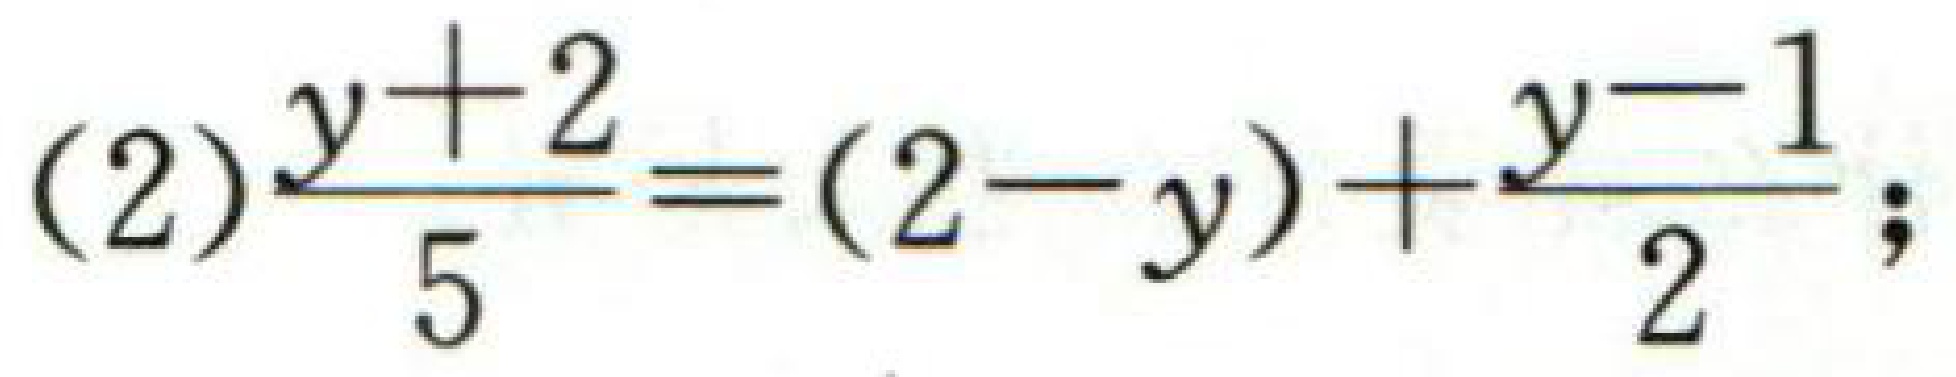
(2)$\frac{y + 2}{5}=(2 - y)+\frac{y - 1}{2};$